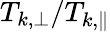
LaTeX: T_{k,\perp}/T_{k,\parallel}